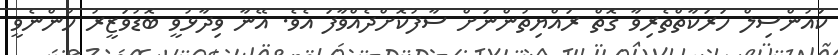
ކައުންސިލް ހަރަކާތްތެރިވާ ގޮތް ރައްޔިތުންނަށް ސާފުކޮށްދެއްވާފަ އެވެ. އޭނާ ވިދާޅުވީ ބޮޑުވަޒީރު ހުންނެވީ